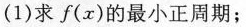
(1)求f(x)的最小正周期；